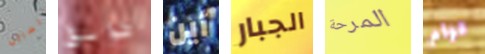
اتسائل طوابق أين الجبار المرحة قوام